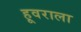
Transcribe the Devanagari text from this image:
हूवराला